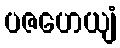
ပဇဟေယျံ